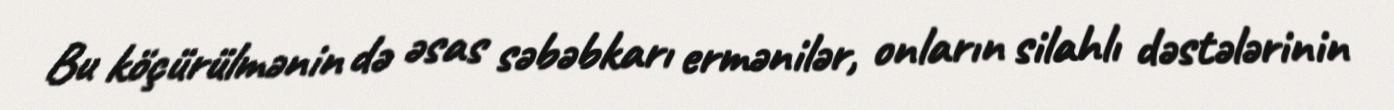
Bu köçürülmənin də əsas səbəbkarı ermənilər, onların silahlı dəstələrinin